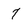
Character: 7